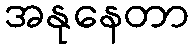
အနုနေတာ